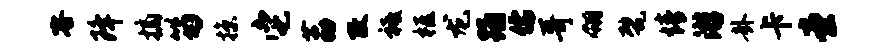
容降摘笏掠它荔改祗柩龙踊儒哥翎甓情游卦卡堂